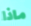
ماذا